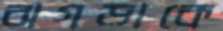
ঝগড়াকে